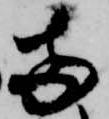
両